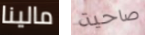
مالينا صاحية